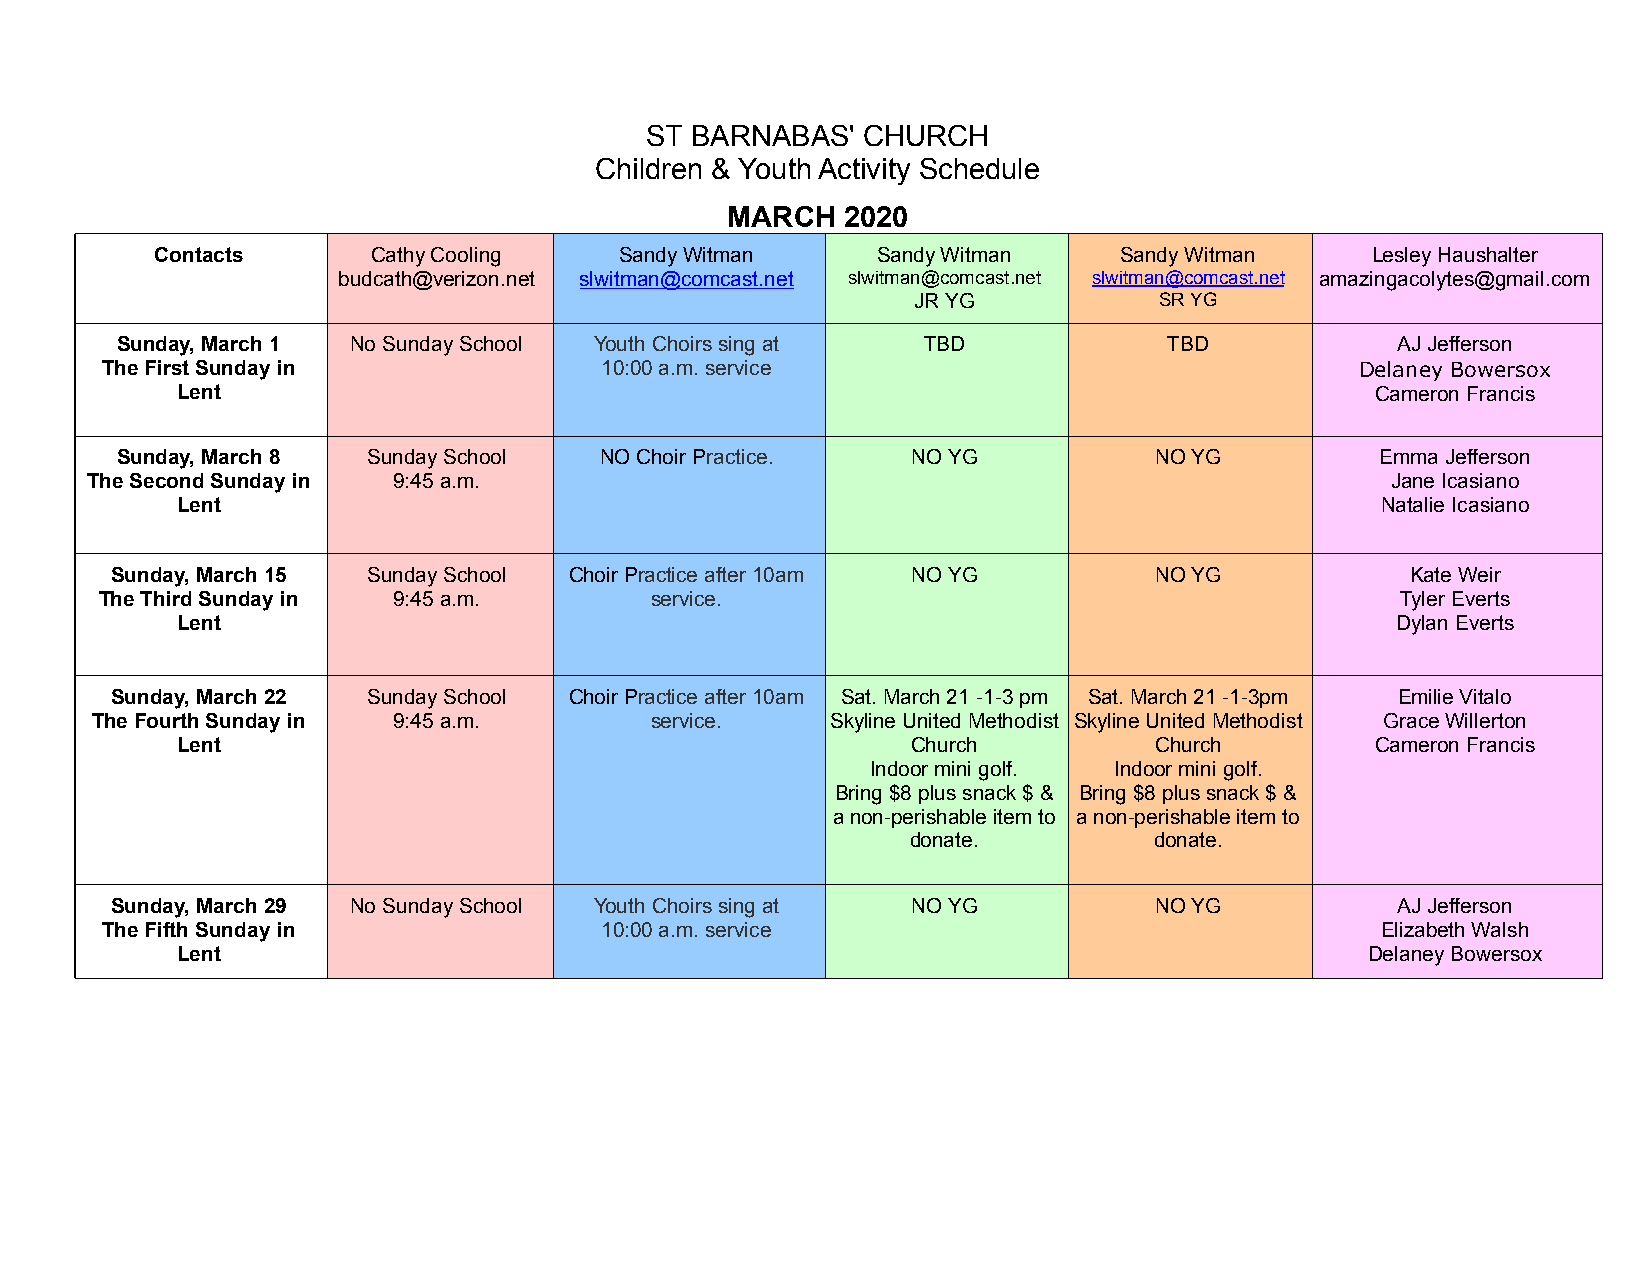
ST BARNABAS'  CHURCH
 Children & Youth Activity Schedule
 MARCH   2020
 Contacts       Cathy Cooling   Sandy Witman     Sandy Witman    Sandy Witman     Lesley Haushalter
 budcath@verizon.net slwitman@comcast.net slwitman@comcast.net slwitman@comcast.net amazingacolytes@gmail.com
 JR YG           SR YG
 Sunday, March 1 No Sunday School Youth Choirs sing at TBD            TBD             AJ Jefferson
 The First Sunday in              10:00 a.m. service                                Delaney Bowersox
 Lent                                                                           Cameron Francis
 Sunday, March 8 Sunday School   NO Choir Practice.  NO YG           NO YG          Emma Jefferson
 The Second Sunday in 9:45 a.m.                                                        Jane Icasiano
 Lent                                                                           Natalie Icasiano
 Sunday, March 15 Sunday School Choir Practice after 10am NO YG       NO YG            Kate Weir
 The Third Sunday in 9:45 a.m.       service.                                          Tyler Everts
 Lent                                                                            Dylan Everts
 Sunday, March 22 Sunday School Choir Practice after 10am Sat. March 21 -1-3 pm Sat. March 21 -1-3pm Emilie Vitalo
 The Fourth Sunday in 9:45 a.m.       service.    Skyline United Methodist Skyline United Methodist Grace Willerton
 Lent                                            Church          Church         Cameron Francis
 Indoor mini golf. Indoor mini golf.
 Bring $8 plus snack $ & Bring $8 plus snack $ &
 a non-perishable item to a non-perishable item to
 donate.         donate.
 Sunday, March 29 No Sunday School Youth Choirs sing at NO YG         NO YG            AJ Jefferson
 The Fifth Sunday in              10:00 a.m. service                                 Elizabeth Walsh
 Lent                                                                           Delaney Bowersox